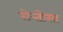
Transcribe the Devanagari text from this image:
सेन्तोसा